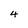
Character: 4